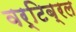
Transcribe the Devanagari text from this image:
वर्टिब्रल